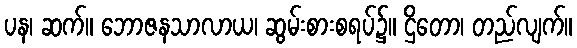
ပန၊ ဆက်။ ဘောဇနသာလာယ၊ ဆွမ်းစားစရပ်၌။ ဌိတော၊ တည်လျက်။